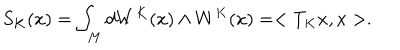
LaTeX: S _ { K } ( x ) = \int _ { M } d W ^ { K } ( x ) \wedge W ^ { K } ( x ) = < T _ { K } x , x > .